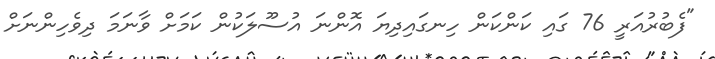
"ފެބުރުއަރީ 76 ގައި ކަންކަން ހިނގައިދިޔަ އޮންނަ އުސޫލަކުން ކަމަށް ވާނަމަ ދިވެހިންނަށް